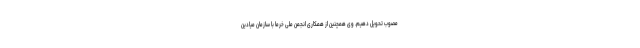
مصوب تحویل دهیم. وی همچنین از همکاری انجمن ملی خرما با سازمان میادین